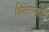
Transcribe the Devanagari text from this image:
चिंतामणशास्त्री